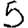
Digit: 5